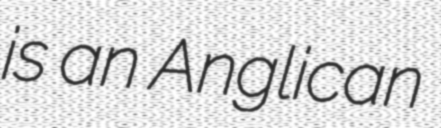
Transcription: is an Anglican